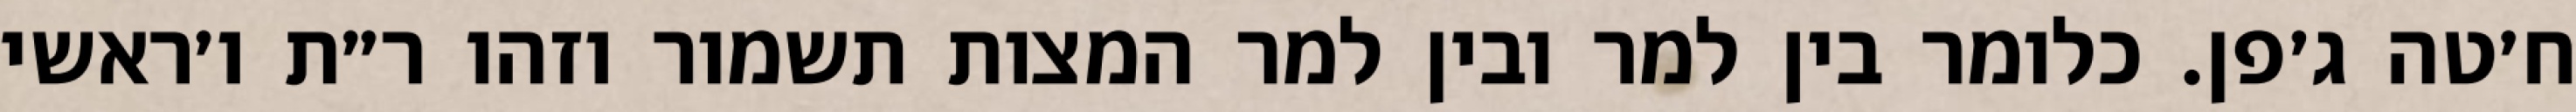
ח׳טה ג׳פן. כלומר בין למר ובין למר המצות תשמור וזהו ר״ת ו׳ראשי